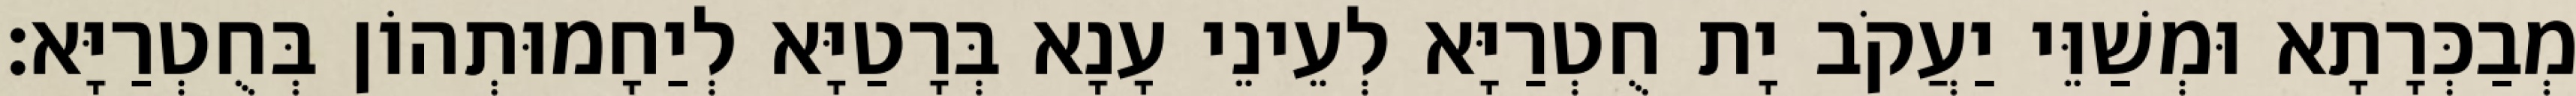
מְבַכְּרָתָא וּמְשַׁוֵּי יַעֲקֹב יָת חֻטְרַיָּא לְעֵינֵי עָנָא בְּרָטַיָּא לְיַחָמוּתְהוֹן בְּחֻטְרַיָּא׃